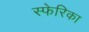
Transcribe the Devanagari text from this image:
स्फेरिका